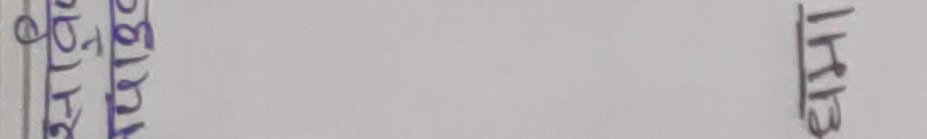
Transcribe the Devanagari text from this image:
काठमाडौँ ३१११